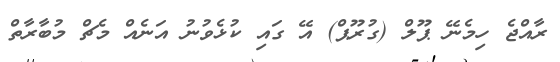
ރާއްޖެ ހިމެނޭ ޕޫލް (ގުރޫޕް) އޭ ގައި ކުޅެވުނު އަނެއް މެޗް މުބާރާތް